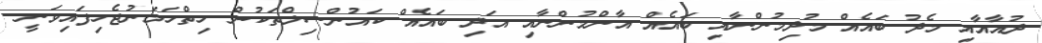
ދުއާއާއި މެދު ބައެއް މުދިމުންނާއި ބައެއް އާންމުންނާއި އަދި ބައެއް ކައުންސިލްތަކުން ހިތްހަމަނުޖެހިފައިވަނީ